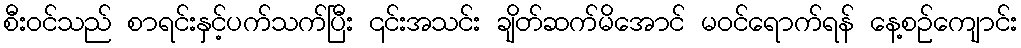
စီး၀င်သည် စာရင်းနှင့်ပက်သက်ပြီး ၎င်းအသင်း ချိတ်ဆက်မိအောင် မဝင်ရောက်ရန် နေ့စဉ်ကျောင်း